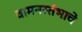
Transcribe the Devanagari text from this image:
वामनस्तंभाचे